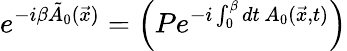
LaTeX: e^{-i\beta\tilde{A}_{0}(\vec{x})}=\left(Pe^{-i\int_{0}^{\beta}dt\, A_{0}(\vec{x},t)}\right)